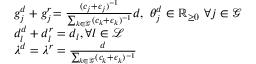
\begin{array} { r l } & { g _ { j } ^ { d } + g _ { j } ^ { r } \! = \frac { ( c _ { j } + \epsilon _ { j } ) ^ { - 1 } } { \sum _ { k \in \mathcal { G } } ( c _ { k } + \epsilon _ { k } ) ^ { - 1 } } d , \ \theta _ { j } ^ { d } \in \mathbb { R } _ { \ge 0 } \ \forall j \in \mathcal { G } } \\ & { d _ { l } ^ { d } + d _ { l } ^ { r } = d _ { l } , \ \! \! \forall l \in \mathcal { L } } \\ & { \lambda ^ { d } = \lambda ^ { r } = \frac { d } { \sum _ { k \in \mathcal { G } } ( c _ { k } + \epsilon _ { k } ) ^ { - 1 } } } \end{array}